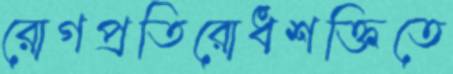
রোগপ্রতিরোধশক্তিতে